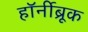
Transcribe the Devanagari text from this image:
हॉर्नीब्रूक